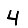
Digit: 4